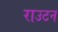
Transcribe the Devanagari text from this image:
राउटन